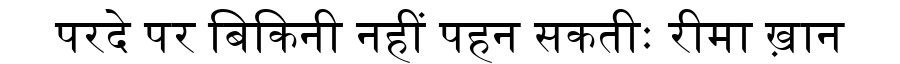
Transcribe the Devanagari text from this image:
परदे पर बिकिनी नहीं पहन सकतीः रीमा ख़ान